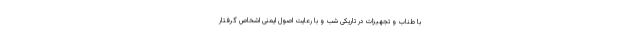
با طناب و تجهیزات در تاریکی شب و با رعایت اصول ایمنی اشخاص گرفتار